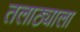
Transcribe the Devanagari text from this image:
तलाठ्याला